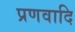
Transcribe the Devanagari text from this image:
प्रणवादि